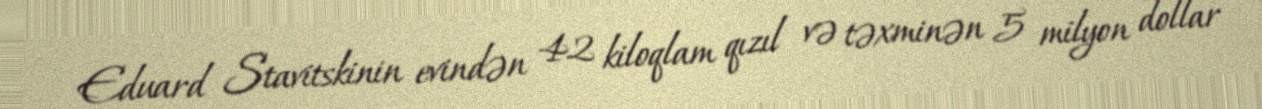
Eduard Stavitskinin evindən 42 kiloqlam qızıl və təxminən 5 milyon dollar